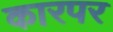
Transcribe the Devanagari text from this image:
कारपर